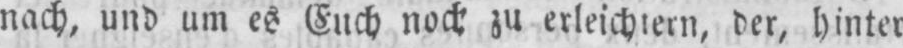
nach, und um es Euch noch zu erleichtern, der, hinter